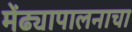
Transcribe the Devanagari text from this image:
मेंढ्यापालनाचा